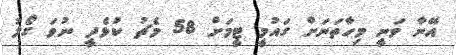
އޭނާ ވަނީ މިހާތަނަށް ގައުމީ ޓީމަށް 58 މެޗު ކުޅެދީ ނުވަ ގޯލު